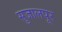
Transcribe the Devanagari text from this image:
सुजालपूर